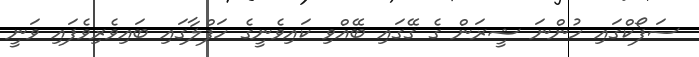
ސަފޯކްގައި ހުންނަ ޝީރަން ގެ ގޭގައި ބޭއްވި ކައިވެނީގެ ހަފްލާގައި ބައިވެރިވެފައި ވަނީ